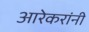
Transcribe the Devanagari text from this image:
आरेकरांनी